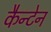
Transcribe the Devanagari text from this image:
कैन्टेन